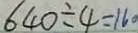
6 4 0 \div 4 = 1 6 0